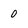
Character: 0